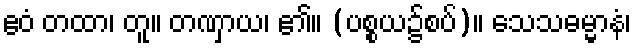
ဧဝံ တထာ၊ တူ။ တဏှာယ၊ ၏။ (ပစ္စယ၌စပ်)။ သေသဓမ္မာနံ၊